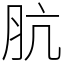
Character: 肮